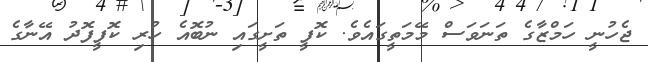
ޖެހުނީ ހަމްޒާގެ ތަނަވަސް މޭމަތީގައެވެ. ކޮފީ ތަށީގައި ނުބޮއެ ހުރި ކޮފީފޮދު އޭނާގެ